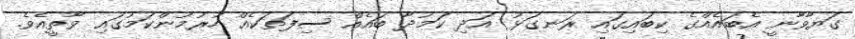
ގަޔާވާނީ އެބައެއްގެ ކިބައިގައި ރަނގަޅު އަދި ކަމުދާ ބައެއް ސިފަތަކެއް ހުރުމުންކަމުގައި ވާތީއެވެ.